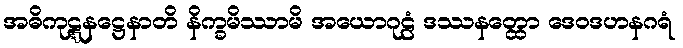
အဓိကုဋ္ဋနဋ္ဌေနာတိ နိက္ခမိဿာမိ အယောဂုဠံ ဒဿနတ္ထော ဒေဝဒဟနဂရံ